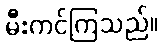
မီးကင်ကြသည်။